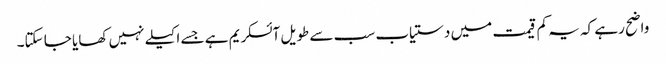
واضح رہے کہ یہ کم قیمت میں دستیاب سب سے طویل آئسکریم ہے جسے اکیلے نہیں کھایا جا سکتا۔